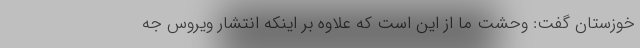
خوزستان گفت: وحشت ما از این است که علاوه بر اینکه انتشار ویروس جه